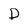
Character: D